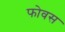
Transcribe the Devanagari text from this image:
फोवस